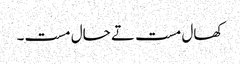
کھال مست تے حال مست۔